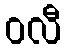
ဝလီ